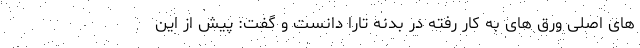
های اصلی ورق های به کار رفته در بدنه تارا دانست و گفت: پیش از این